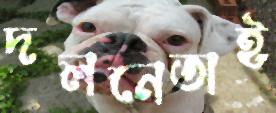
দলনেতাই